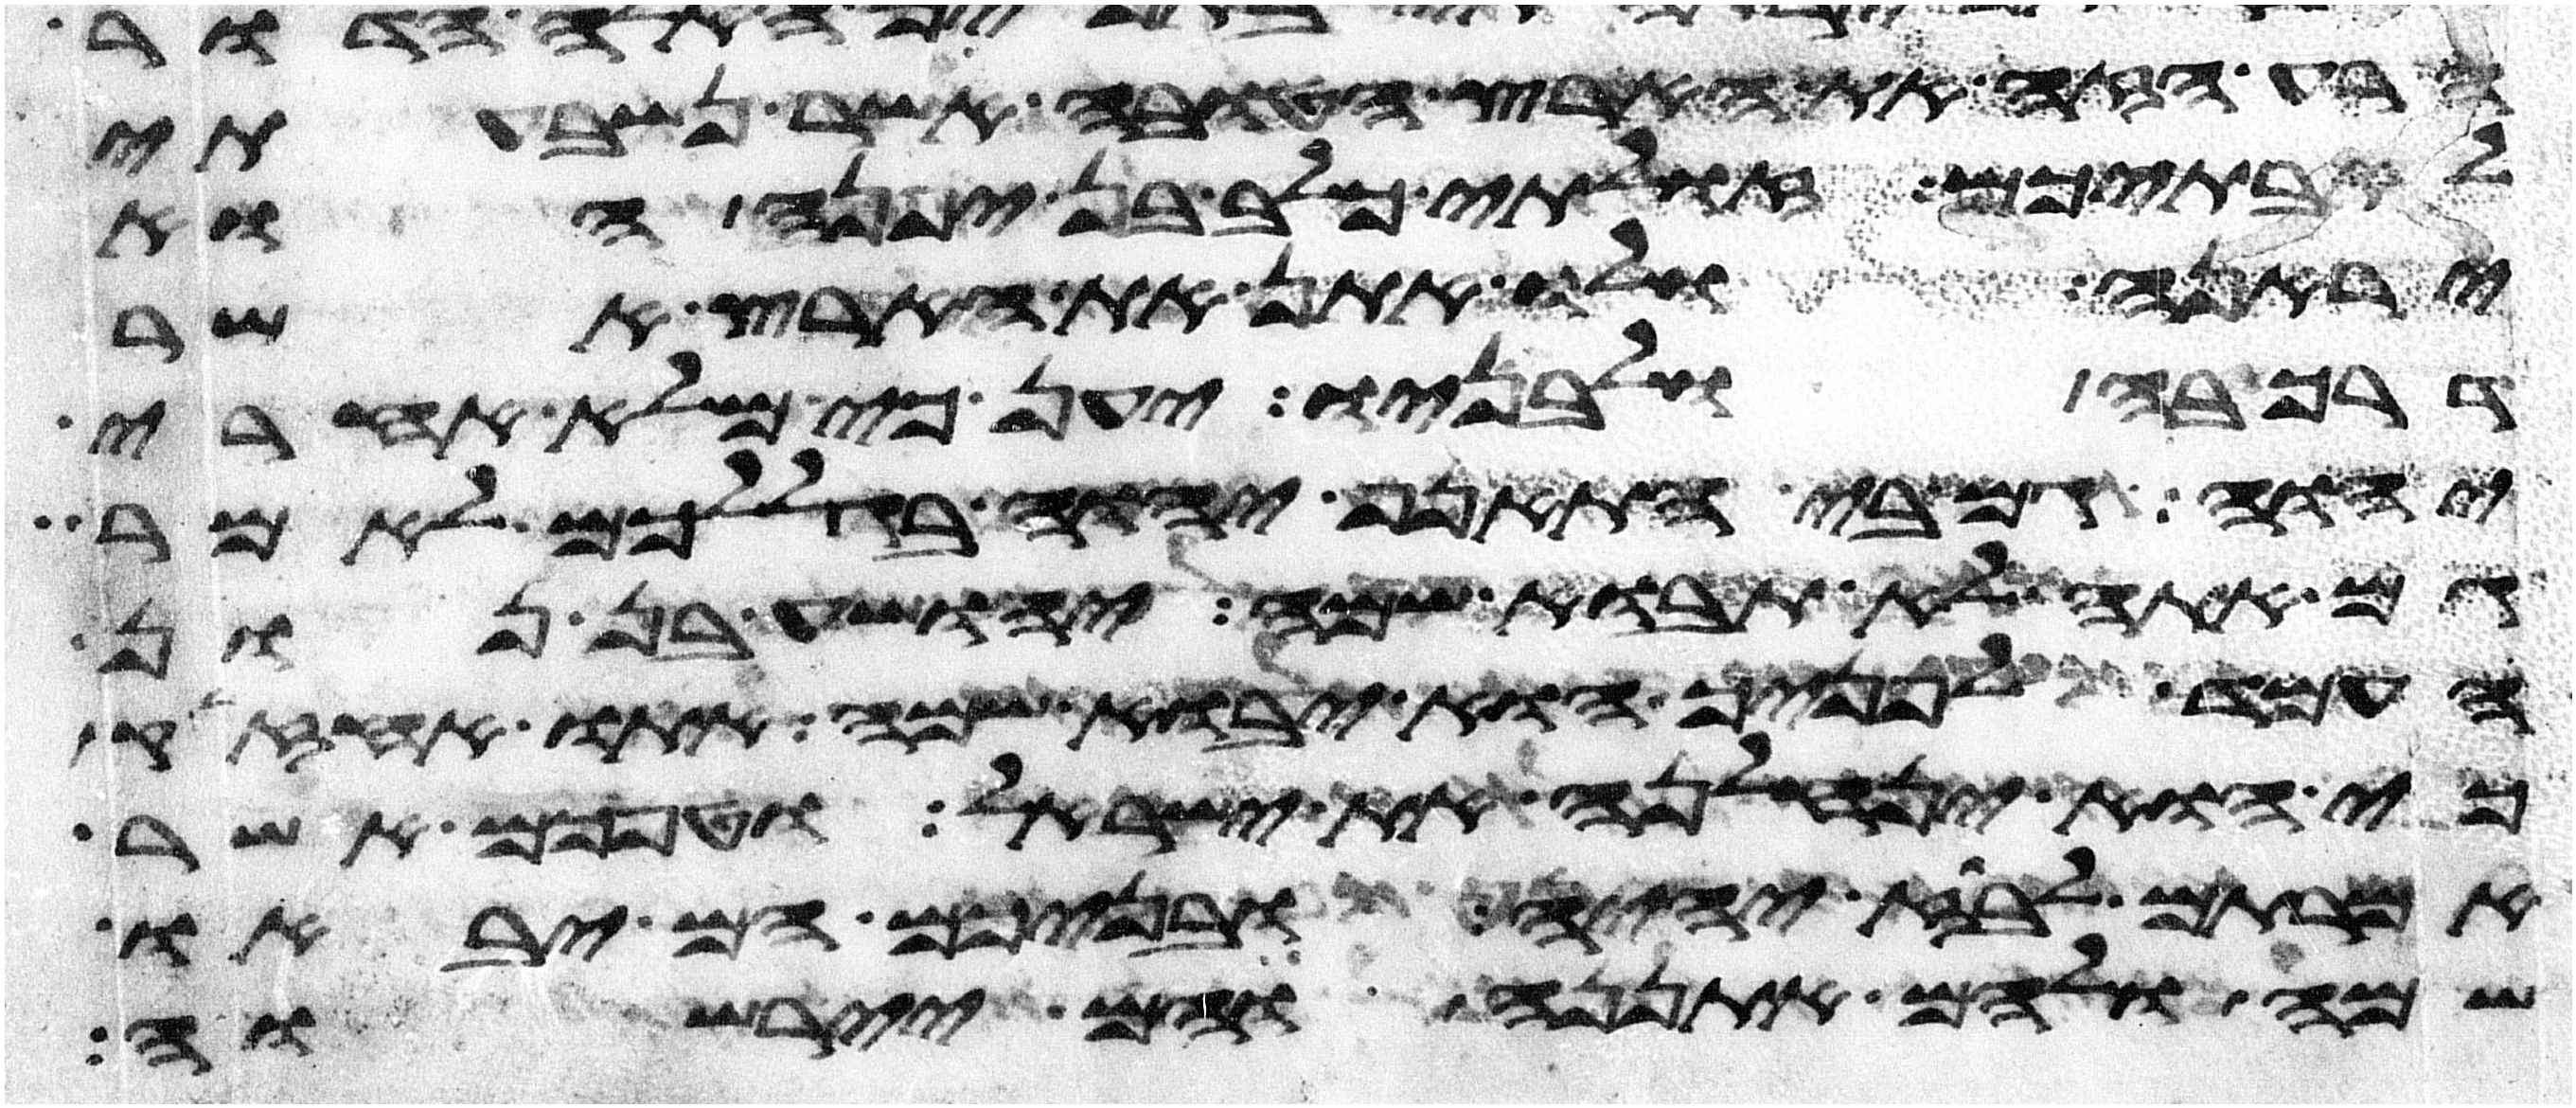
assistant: הרע הזה את הארץ הטובה אשר נשבעתי
לאבתיכם זולתי כלב בן יפנה הוא
יראנה ולו אתן את הארץ אשר
דרך בה ולבניו יען כי מלא אחרי
יהוה גם בי התאנף יהוה בגללכם לאמר
גם אתה לא תבוא שמה יהושע בן נון
העמד לפניך הוא יבוא שמה אתו אחזיק
כי הוא ינחלנה את ישראל וטפכם אשר
אמרתם לבוז יהיה ובניכם הם יבאו
שם ולהם אתננה והם יירשוה